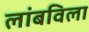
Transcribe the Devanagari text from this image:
लांबविला